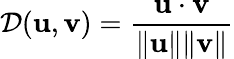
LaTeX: {\mathcal{D}}(\mathbf{u},\mathbf{v})={\frac{\mathbf{u}\cdot\mathbf{v}}{\| \mathbf{u}\| \| \mathbf{v}\| }}